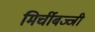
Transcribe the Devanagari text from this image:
मिर्चीबज्जी